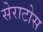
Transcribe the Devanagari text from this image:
सेराटोस